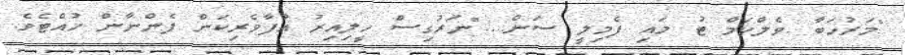
"މަރުހަބާ .ވެލްކަމް ޓު މައި ފެމިލީ ސަން...."ނަރުގިސް ހީލިއިރު އުފާވެރިކަން ފެންނާން ހުއްޓެވެ.